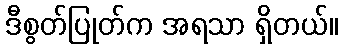
ဒီစွတ်ပြုတ်က အရသာ ရှိတယ်။